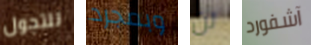
للتجول وبمجرد لن آشفورد